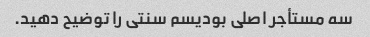
سه مستأجر اصلی بودیسم سنتی را توضیح دهید.